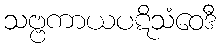
သဗ္ဗကာယပဋိသံဝေဒီ